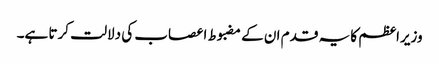
وزیراعظم کا یہ قدم ان کے مضبوط اعصاب کی دلالت کرتا ہے۔